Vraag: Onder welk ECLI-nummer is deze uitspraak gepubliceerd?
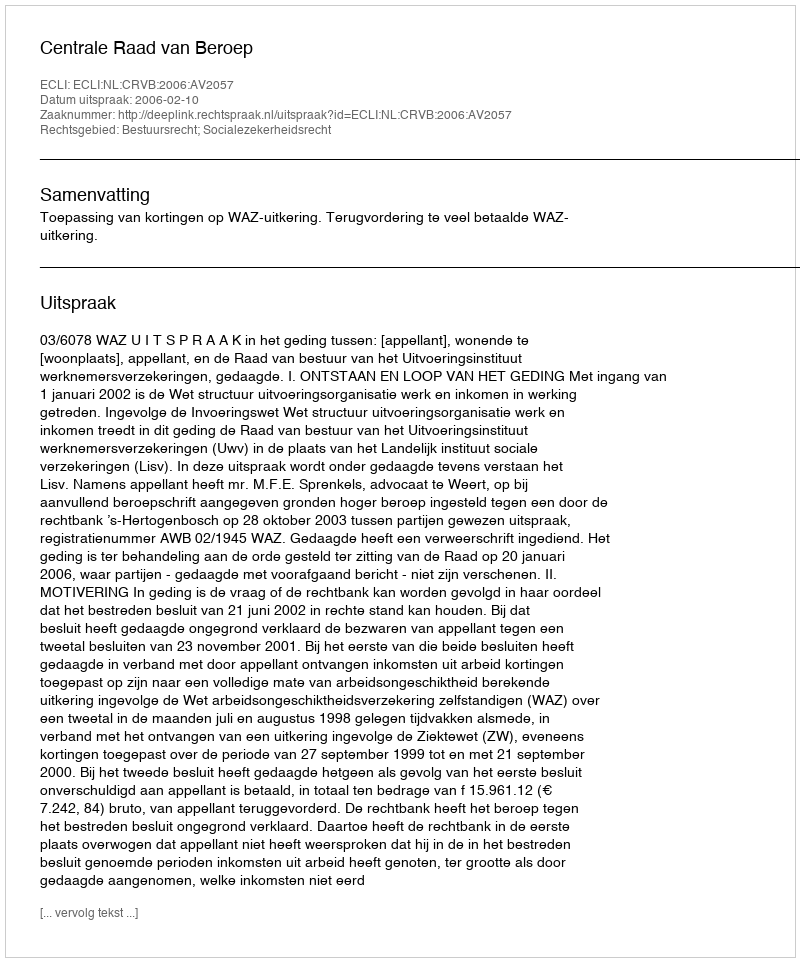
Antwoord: ECLI:NL:CRVB:2006:AV2057